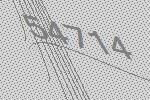
54714